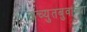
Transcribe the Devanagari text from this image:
अच्युतबुवांच्या